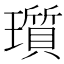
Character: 瓆